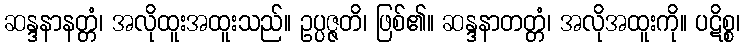
ဆန္ဒနာနတ္တံ၊ အလိုထူးအထူးသည်။ ဥပ္ပဇ္ဇတိ၊ ဖြစ်၏။ ဆန္ဒနာတတ္တံ၊ အလိုအထူးကို။ ပဋိစ္စ၊